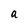
Character: a